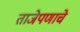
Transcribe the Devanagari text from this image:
ताजेपणाचे